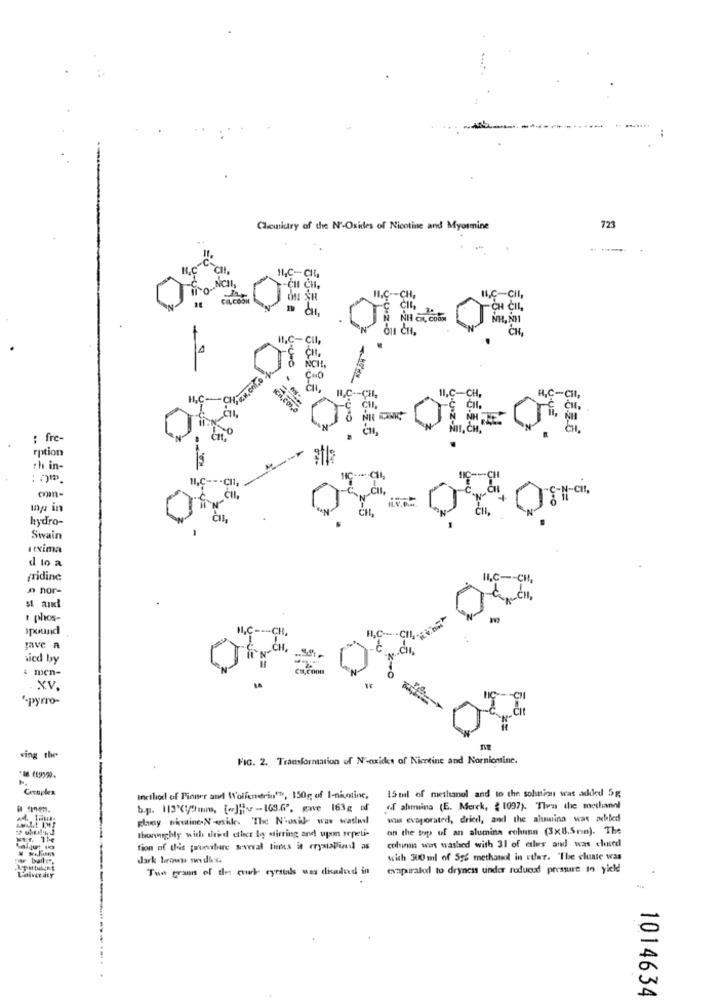
-
Cuiutry of the N'-Oxides of Nicotine and Myosmine
723
. .
NCI
I,Ç -- CH
IL,C-CHI,
4.5-8 .
-CH ČIL,
CH,
11,C-CII
quiz-E
1I,C-CH,
H,C-Cil,
: fre-
OLE= ONE
rption
th in-
LC --- cn,
CHI,
U.O
Ing in
hydro-
Swain
utxima
d to a
fridine
ILC -- CH,
» nor-
t phos-
1pound
11,C
-CH,
gave a
sicd by
: men-
0
. XV.
"-pyrro-
CIt
==
ving the
FIG. 2. Transformation of N'-oxides of Nicotine and Nornicotine.
Coraplex
15 ml of methanol and to the solution was added 5g
method of Pinner and Wolfenerin'D, 150g; of I-nicotine,
b.p. 113':/hmm, [@]ine -165.6", gave 163g of
of alumina (E. Merck, { 1097). Then the methanol
plany pictine.N'-esik. The N'oside was waswdl
wus evaporated, dried, and the alumina was ab-led
thonhighly with drid other loy stirring and upon repeti-
on the top of an alumina enhunn (3x8.5cm). The
tion of this puesbare several tienes it crystallineil as
colinas wins wasled with 31 of eles and was closed
i bailet,
dark lerooms vendiota
with 300 ml of 556 methanol in sular. The cluate was
Tue grann of thes cole cyrstals was clisaved in
exspiraled to dryness under roduel pressure in yield
1014634